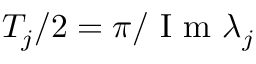
T _ { j } / 2 = \pi / \mathrm { ~ I ~ m ~ } \lambda _ { j }